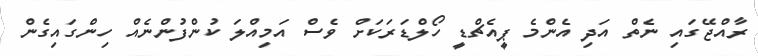
ރާއްޖޭގައި ނެތް އަދި އެންމެ ޕީއެޗްޑީ ހޯލްޑަރަަކަށް ވެސް އަމިއްލަ ކުންފުންނެއް ހިންގައިގެން